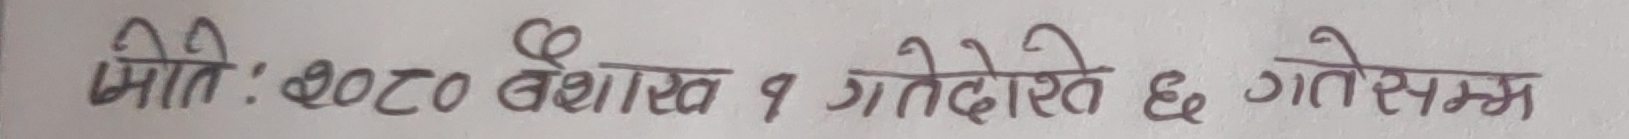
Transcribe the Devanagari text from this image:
मिति: २०८० बैशाख १ गतेदेखि ६ गतेसम्म